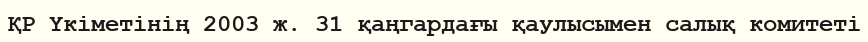
ҚР Үкіметінің 2003 ж. 31 қаңгардағы қаулысымен салық комитеті